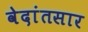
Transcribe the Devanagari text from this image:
वेदांतसार